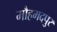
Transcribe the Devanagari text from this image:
मौहमदपुर